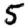
Digit: 5